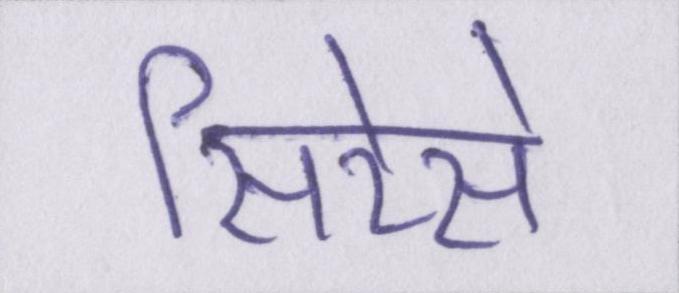
सिरेसे